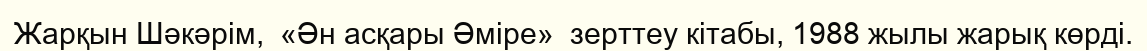
Жарқын Шәкәрім,  «Ән асқары Әміре»  зерттеу кітабы, 1988 жылы жарық көрді.